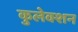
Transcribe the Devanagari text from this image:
कुलेक्शन